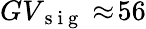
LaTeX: GV_{\mathrm{~s~i~g~}}\approx\! 56